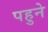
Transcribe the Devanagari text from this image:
पहुने